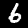
Label: 6